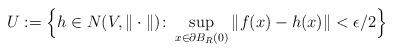
LaTeX: \begin{align*}U:=\Big{\{}h\in N(V,\|\cdot\|)\colon \sup_{x\in\partial B_R(0)} \|f(x)-h(x)\|<\epsilon/2\Big{\}}\end{align*}